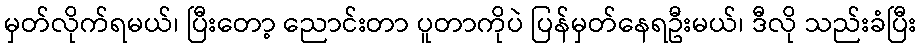
မှတ်လိုက်ရမယ်၊ ပြီးတော့ ညောင်းတာ ပူတာကိုပဲ ပြန်မှတ်နေရဦးမယ်၊ ဒီလို သည်းခံပြီး